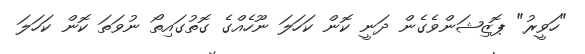
"ހަވީރު" ޕޮޒިޝަންވެގެން ދަނީ ކޮން ކަހަލަ ނޫހެއްގެ ގޮތުގައިތޯ ނުވަތަ ކޮން ކަހަލަ